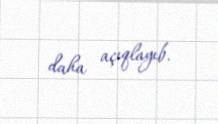
daha açıqlayıb.